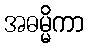
အဓမ္မိကာ